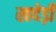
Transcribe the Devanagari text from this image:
खदेड़ी